Training of teachers. Junior students, 1910
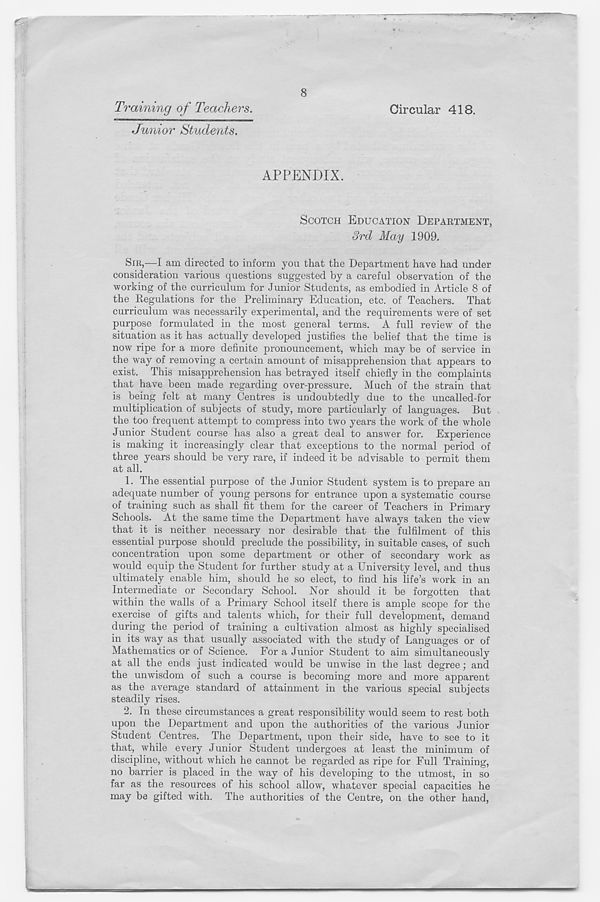
Training of Teachers.
Junior Students.
8
Circular 418.
APPENDIX.
SCOTCH EDUCATION DEPAKTMENT,
3rd May 1909.
SIR,—I am directed to inform you that the Department have had under
consideration various questions suggested by a careful observation of the
working of the curriculum for Junior Students, as embodied in Article 8 of
the Regulations for the Preliminary Education, etc. of Teachers. That
curriculum was necessarily experimental, and the requirements were of set
purpose formulated in the most general terms. A full review of the
situation as it has actually developed justifies the belief that the time is
now ripe for a more definite pronouncement, which may be of service in
the way of removing a certain amount of misapprehension that appears to
exist. This misapprehension has betrayed itself chiefly in the complaints
that have been made regarding over-pressure. Much of the strain that
is being felt at many Centres is undoubtedly due to the uncalled-for
multiplication of subjects of study, more particularly of languages. But
the too frequent attempt to compress into two years the work of the whole
Junior Student course has also a great deal to answer for. Experience
is making it increasingly clear that exceptions to the normal period of
three years should be very rare, if indeed it be advisable to permit them
at all.
1. The essential purpose of the Junior Student system is to prepare an
adequate number of young persons for entrance upon a systematic course
of training such as shall fit them for the career of Teachers in Primary
Schools. At the same time the Department have always taken the view
that it is neither necessary nor desirable that the fulfilment of this
essential purpose should preclude the possibility, in suitable cases, of such
concentration upon some department or other of secondary work as
would equip the Student for further study at a University level, and thus
ultimately enable him, should he so elect, to find his life’s work in an
Intermediate or Secondary School. Nor should it be forgotten that
within the walls of a Primary School itself there is ample scope for the
exercise of gifts and talents which, for their full development, demand
during the period of training a cultivation almost as highly specialised
in its way as that usually associated with the study of Languages or of
Mathematics or of Science. For a Junior Student to aim simultaneously
at all the ends just indicated would be unwise in the last degree; and
the unwisdom of such a course is becoming more and more apparent
as the average standard of attainment in the various special subjects
steadily rises.
2. In these circumstances a great responsibility would seem to rest both
upon the Department and upon the authorities of the various Junior
Student Centres. The Department, upon their side, have to see to it
that, while every Junior Student undergoes at least the minimum of
discipline, without which he cannot be regarded as ripe for Full Training,
no barrier is placed in the way of his developing to the utmost, in so
far as the resources of his school allow, whatever special capacities he
may be gifted with. The authorities of the Centre, on the other hand,